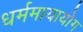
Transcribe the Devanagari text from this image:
धर्ममायायोग